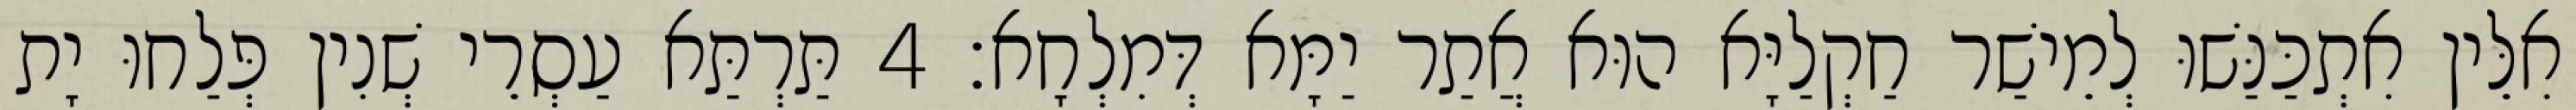
אִלֵּין אִתְכַּנַּשׁוּ לְמֵישַׁר חַקְלַיָּא הוּא אֲתַר יַמָּא דְּמִלְחָא׃ 4 תַּרְתַּא עַסְרֵי שְׁנִין פְּלַחוּ יָת